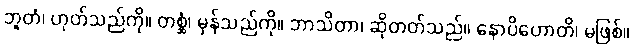
ဘူတံ၊ ဟုတ်သည်ကို။ တစ္ဆံ၊ မှန်သည်ကို။ ဘာသိတာ၊ ဆိုတတ်သည်။ နောပိဟောတိ၊ မဖြစ်။